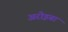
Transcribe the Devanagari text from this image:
अरोइबा